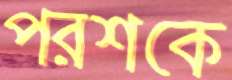
পরশকে